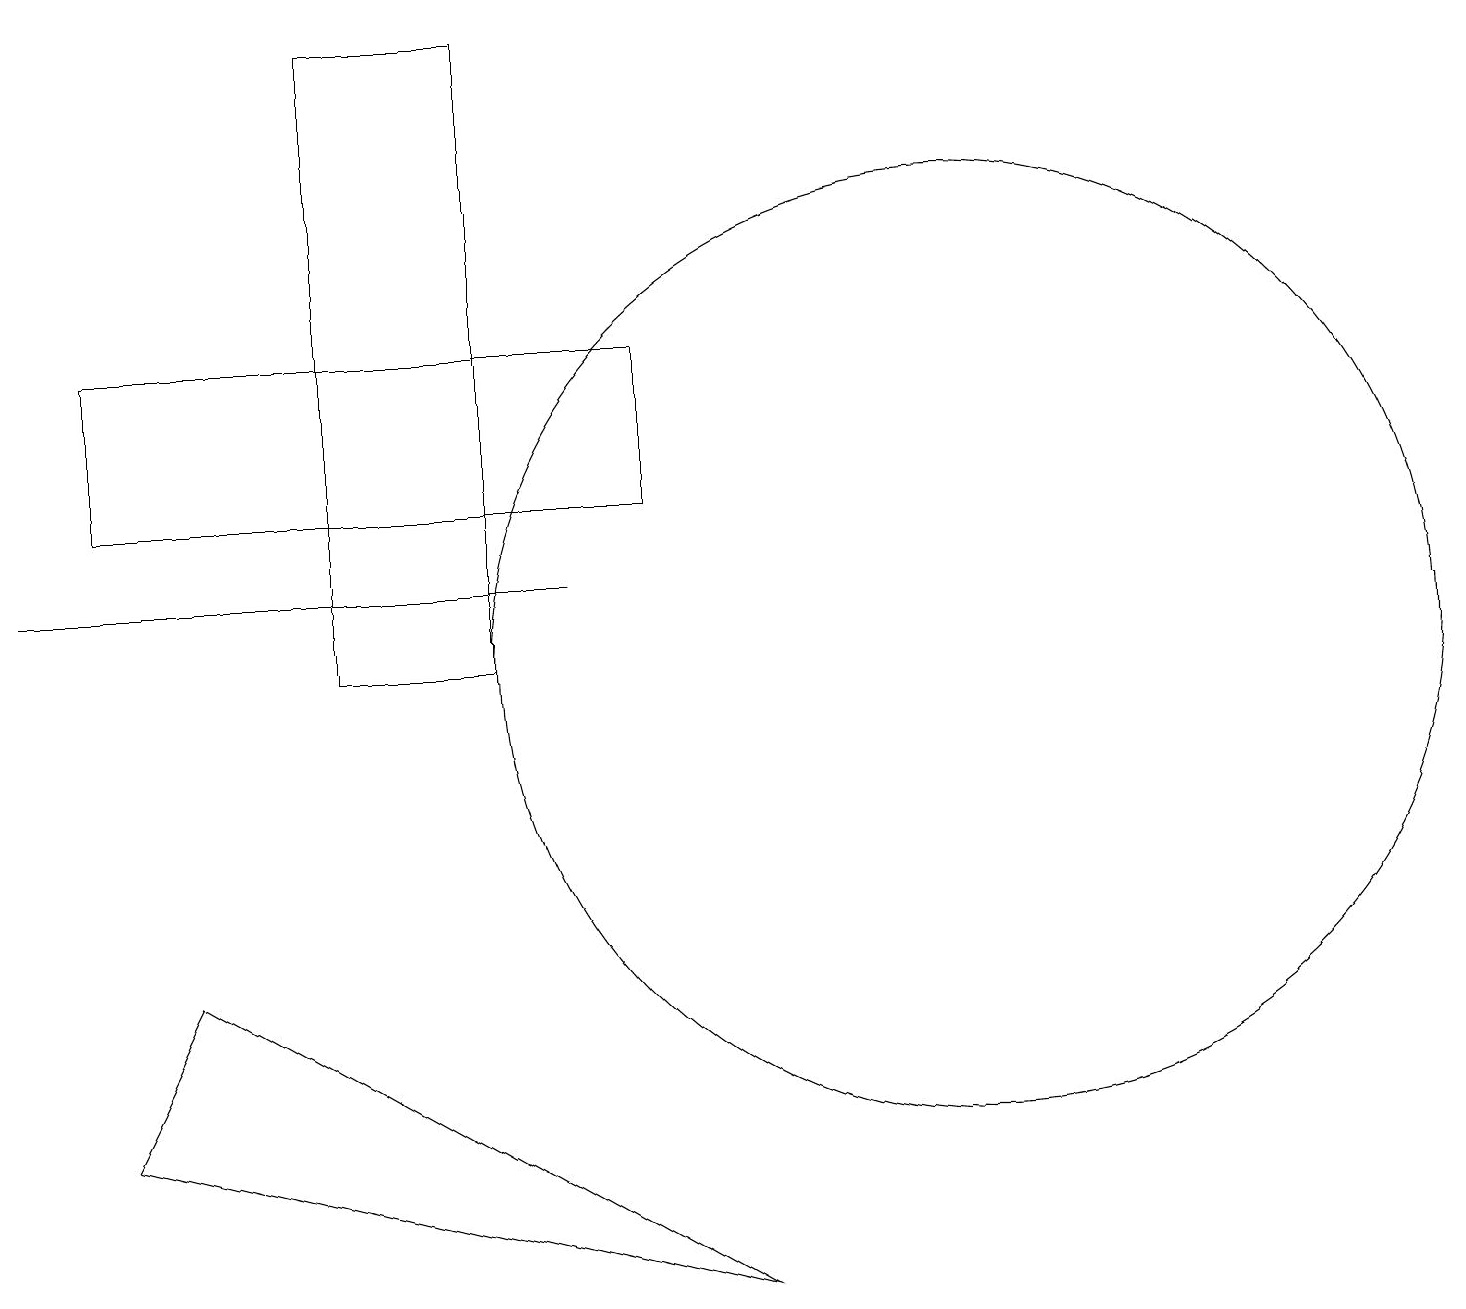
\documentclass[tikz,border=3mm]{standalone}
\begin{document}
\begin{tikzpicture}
\draw (7,12) rectangle (0,12);
\draw (1,13) rectangle (8,15);
\draw (12,11) circle (6);
\draw (6,11) rectangle (4,19);
\draw (9,3) -- (2,7) -- (1,5) -- cycle;
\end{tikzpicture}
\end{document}